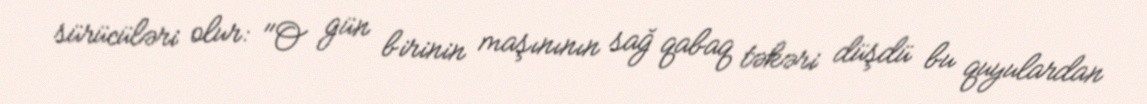
sürücüləri olur: "O gün birinin maşınının sağ qabaq təkəri düşdü bu quyulardan